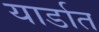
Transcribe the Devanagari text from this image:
यार्डात